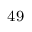
^ \mathrm { 4 9 }